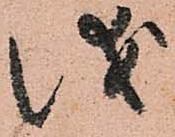
儀